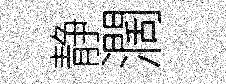
静濶